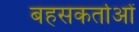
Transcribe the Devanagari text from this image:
बहसकर्ताओं